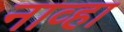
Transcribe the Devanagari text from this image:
नाव्हा